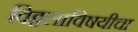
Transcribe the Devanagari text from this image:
विठ्ठलाविषयीचा